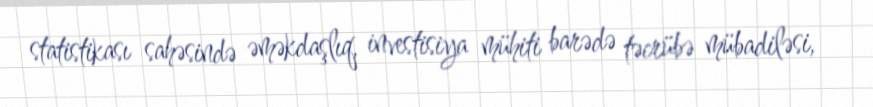
statistikası sahəsində əməkdaşlıq, investisiya mühiti barədə təcrübə mübadiləsi,